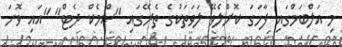
މި އަލްބަމްގައި ފާހަގަ ކޮށްލެވޭ ލަވަތަކުގެ ތެރޭގައި "ސްމެކް ދެޓް" "އައި ވޮނަ